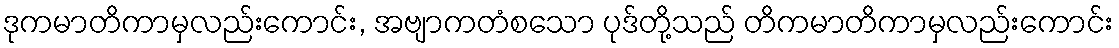
ဒုကမာတိကာမှလည်းကောင်း, အဗျာကတံစသော ပုဒ်တို့သည် တိကမာတိကာမှလည်းကောင်း